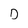
Character: D